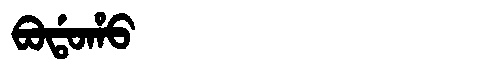
Manchu: ᠪᠣᡩᠣᡥᠣ
Romanization: BODOHO